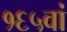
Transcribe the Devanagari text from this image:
१६५वां